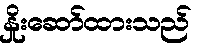
နှိုးဆော်ထားသည်